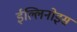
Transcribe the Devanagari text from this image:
ईल्लिनोइस